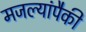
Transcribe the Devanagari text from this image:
मजल्यांपैकी